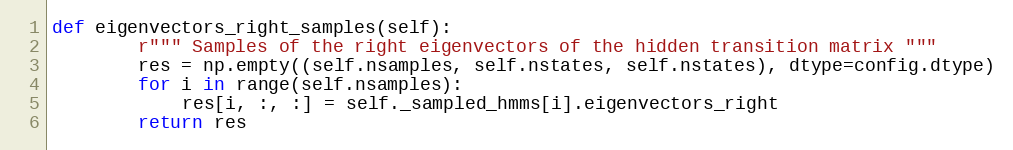
Language: Python
def eigenvectors_right_samples(self):
        r""" Samples of the right eigenvectors of the hidden transition matrix """
        res = np.empty((self.nsamples, self.nstates, self.nstates), dtype=config.dtype)
        for i in range(self.nsamples):
            res[i, :, :] = self._sampled_hmms[i].eigenvectors_right
        return res